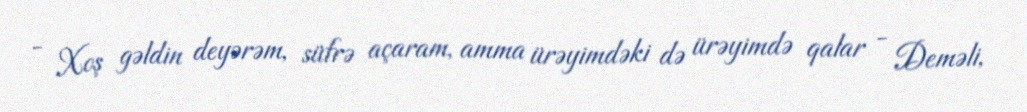
- Xoş gəldin deyərəm, süfrə açaram, amma ürəyimdəki də ürəyimdə qalar - Deməli,